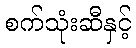
စက်သုံးဆီနှင့်